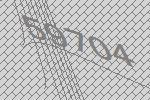
59704